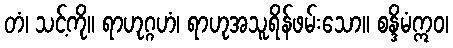
တံ၊ သင့်ကို။ ရာဟုဂ္ဂဟံ၊ ရာဟုအသူရိန်ဖမ်းသော။ စန္ဒိမံဣဝ၊